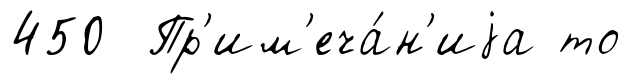
450 Пр'им'еча́н'иjа то